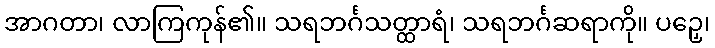
အာဂတာ၊ လာကြကုန်၏။ သရဘင်္ဂသတ္ထာရံ၊ သရဘင်္ဂဆရာကို။ ပဉှေ၊